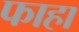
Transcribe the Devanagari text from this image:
फाहा